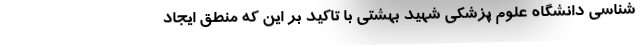
شناسی دانشگاه علوم پزشکی شهید بهشتی با تاکید بر این که منطق ایجاد